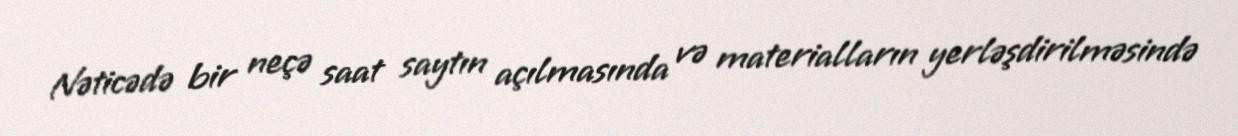
Nəticədə bir neçə saat saytın açılmasında və materialların yerləşdirilməsində